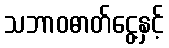
သဘာဝဓာတ်ငွေ့နှင့်